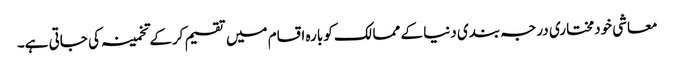
معاشی خودمختاری درجہ بندی دنیا کے ممالک کو بارہ اقسام میں تقسیم کرکے تخمینہ کی جاتی ہے۔